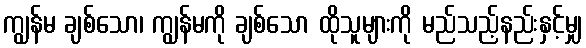
ကျွန်မ ချစ်သော၊ ကျွန်မကို ချစ်သော ထိုသူများကို မည်သည့်နည်းနှင့်မျှ